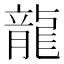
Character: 龍